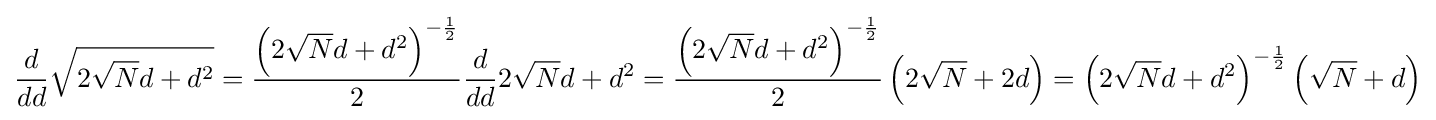
{\frac {d}{dd}}{\sqrt {2{\sqrt {N}}d+d^{2}}}={\frac {\left(2{\sqrt {N}}d+d^{2}\right)^{-{\frac {1}{2}}}}{2}}{\frac {d}{dd}}2{\sqrt {N}}d+d^{2}={\frac {\left(2{\sqrt {N}}d+d^{2}\right)^{-{\frac {1}{2}}}}{2}}\left(2{\sqrt {N}}+2d\right)=\left(2{\sqrt {N}}d+d^{2}\right)^{-{\frac {1}{2}}}\left({\sqrt {N}}+d\right)